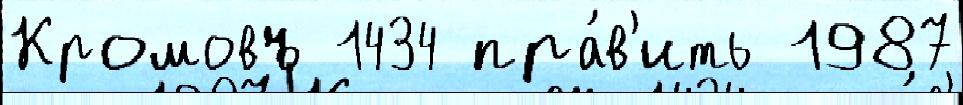
Кромовъ 1434 пра́в'ить 1987